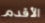
الأقدم